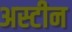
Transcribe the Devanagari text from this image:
अस्टीन